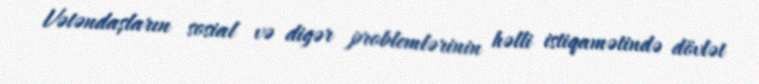
Vətəndaşların sosial və digər problemlərinin həlli istiqamətində dövlət